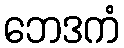
ဘေဒကံ